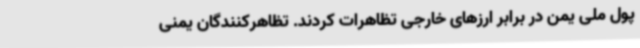
پول ملی یمن در برابر ارزهای خارجی تظاهرات کردند. تظاهرکنندگان یمنی